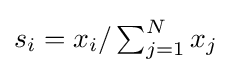
{\textstyle s_{i}=x_{i}/\sum _{j=1}^{N}x_{j}}